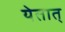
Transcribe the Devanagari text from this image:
येतात्